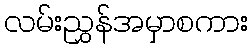
လမ်းညွှန်အမှာစကား